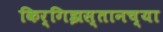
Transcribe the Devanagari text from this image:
किर्गिझस्तानच्या